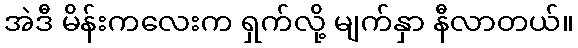
အဲဒီ မိန်းကလေးက ရှက်လို့ မျက်နှာ နီလာတယ်။